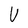
Character: U